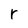
Character: r